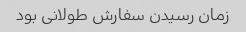
زمان رسیدن سفارش طولانی بود